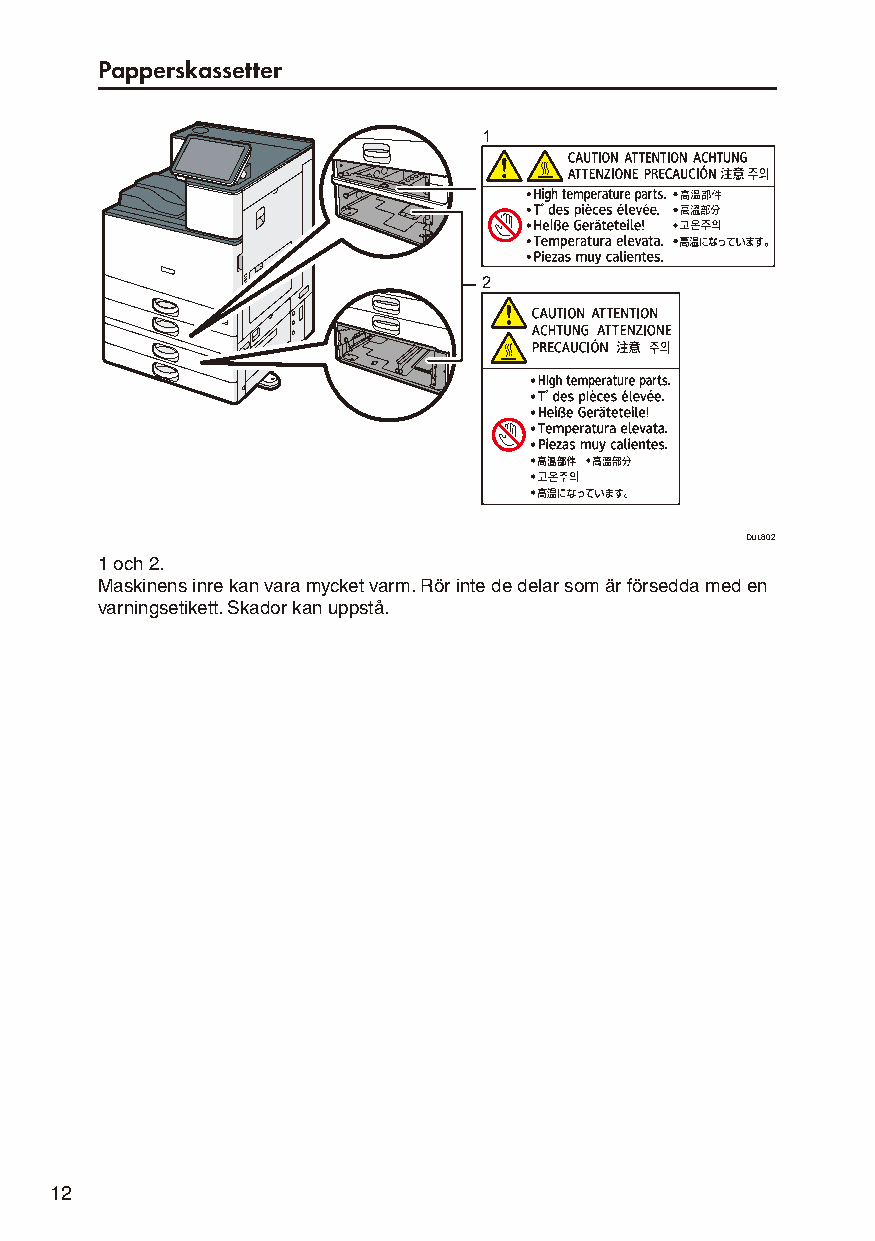
Papperskassetter
 1
 2
 DUL802
 1 och 2.
 Maskinens inre kan vara mycket varm. Rör inte de delar som är försedda med en
 varningsetikett. Skador kan uppstå.
 12